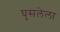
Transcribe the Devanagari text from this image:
घुसलेला